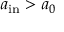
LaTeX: a _ { \mathrm { i n } } > a _ { 0 }